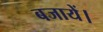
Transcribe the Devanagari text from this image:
बजायें।